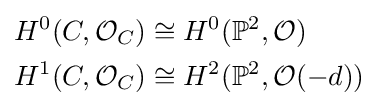
{\begin{aligned}H^{0}(C,{\mathcal {O}}_{C})&\cong H^{0}(\mathbb {P} ^{2},{\mathcal {O}})\\H^{1}(C,{\mathcal {O}}_{C})&\cong H^{2}(\mathbb {P} ^{2},{\mathcal {O}}(-d))\end{aligned}}